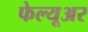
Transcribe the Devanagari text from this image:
फेल्यूअर